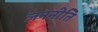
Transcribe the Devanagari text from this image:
जननीति